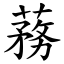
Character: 蓩